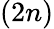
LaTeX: (2n)